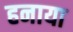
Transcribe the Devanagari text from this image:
हनाया